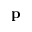
\mathbf { p }